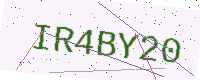
Text: IR4BY20